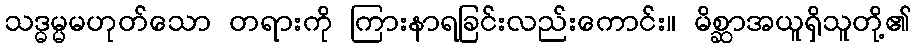
သဒ္ဓမ္မမဟုတ်သော တရားကို ကြားနာရခြင်းလည်းကောင်း။ မိစ္ဆာအယူရှိသူတို့၏